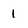
Character: 1